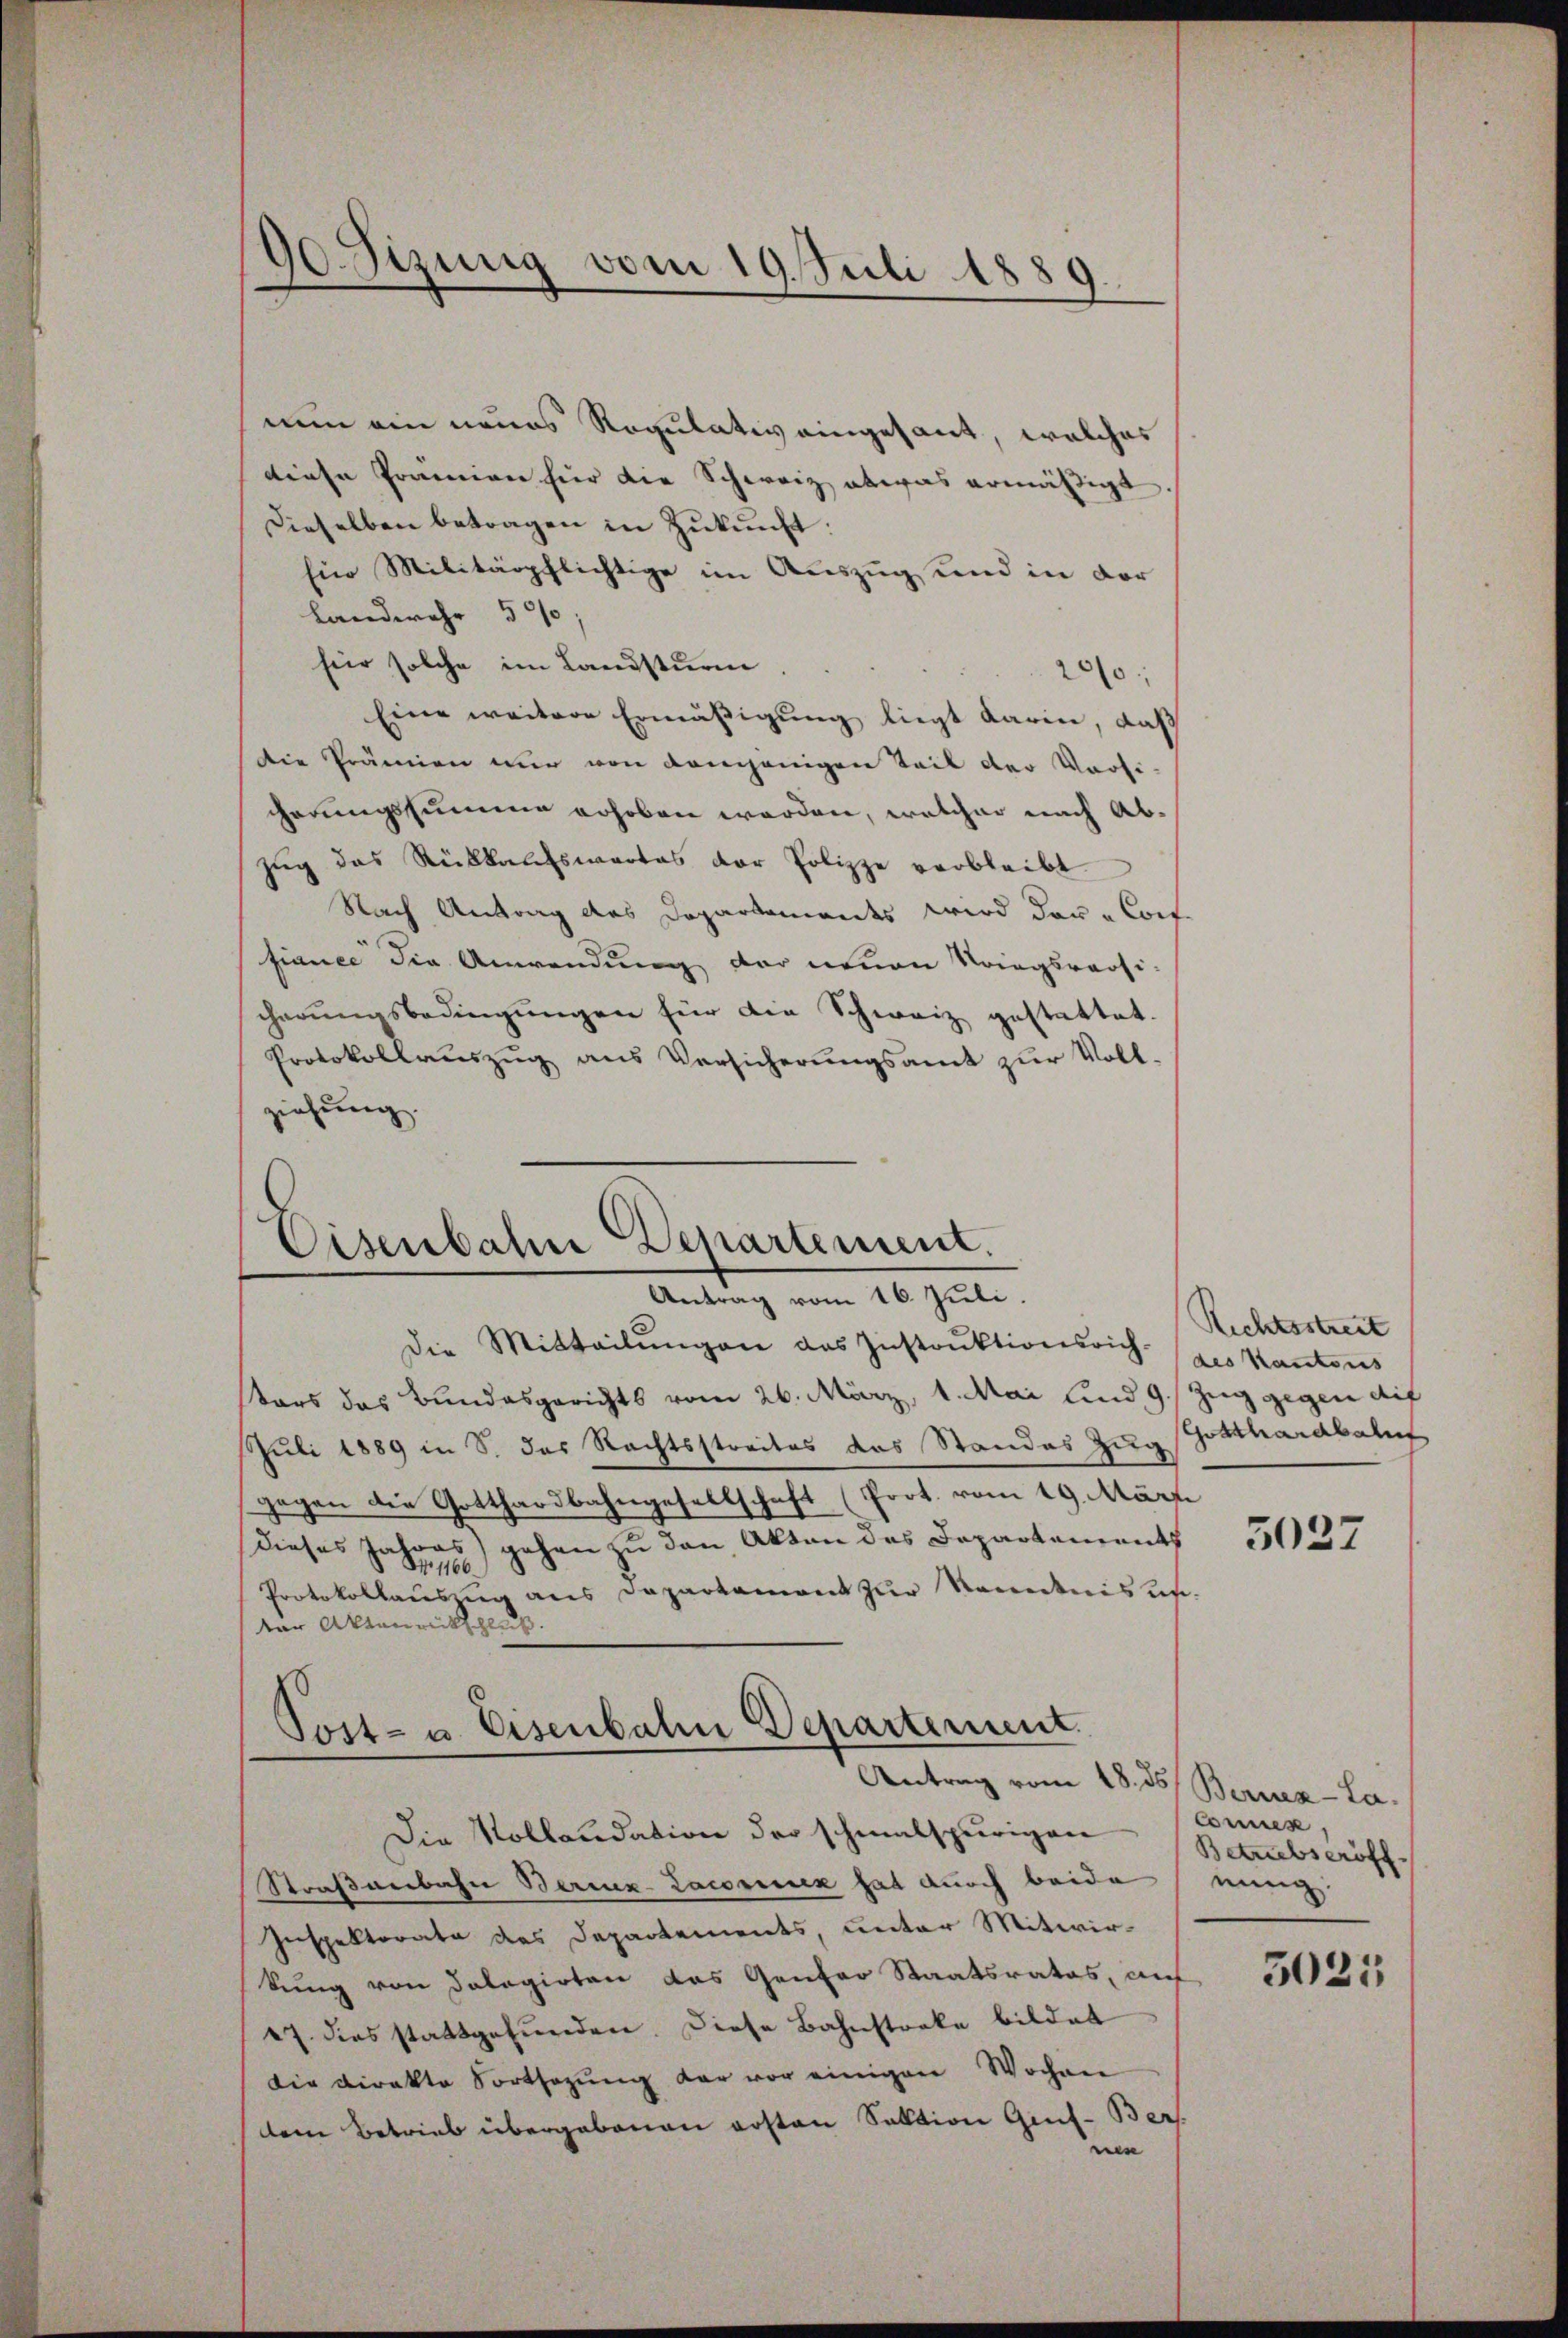
90 Sizung vom 19. Juli 1889

nun ein neues Regulativ eingesant, welches
diese Prämien für die Schweiz etwas ermäßigt
Dieselben betragen in Zŭkŭnft:
Ein Militärpflichtige im Auszug und in der
Landwehr 500
hür solche im Landsturm
200
Eine weitere Ermäßigung liegt darine, daß
Die Prämien nur von demjenigen Teil der Versi-
cherungssumme erhoben werden, welcher nach Ab¬
Zŭg das Rückkaufswertes der Polizze verbleibt
Nach Antrag des Departemendes wird das Conf
fiance die Anwendung der neuen Kriegsraosi-
cherungsbedingungen für die Schweiz gestattet.
Protokollauszug aus Versicherungsamt zur Voll-
ziehung.

Eisenbahne Departement.
Antrag vom 16. Juli.

Die Mitteilŭngen das Instrŭktionsrich. des Kantons
tars das Bundesgerichts vom 26. März, 1. Mai und 9. Zug gegen die
Juli 1889 in S. das Rechtsstreites das Standes Zug Gotthardbahnt
gegen die Gotthardbahngesellschaft (Prot. vom 19. März
dieses Jahres gehen zu den Akten des Departements
No 1166.
Protokollauszug aus Departament zur Kenntnis u.
ter Akten mitschluß
Antrag vom 18. ds. Bernz-La.
Die Kollaudation der schmalspurigen Betriebseröff
Straßenbahn Bereuz-Laconunx hat durch beide meng
Inspektorate des Departements, unter Mitwirkung von Dolegirten das Genfer Staatsrates, auf 5031
27. dies stattgefunden. Diese Bahnstocke bildet
Die Direkte Fortsezung der vor einigen Wochen
dem Betrieb übergebenen ersten Sektion Gef-Bers.
ner

Post- u. Eisenbahn Departement.

Rechtsstreit

3037

Connes